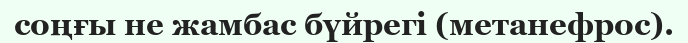
соңғы не жамбас бүйрегі (метанефрос).